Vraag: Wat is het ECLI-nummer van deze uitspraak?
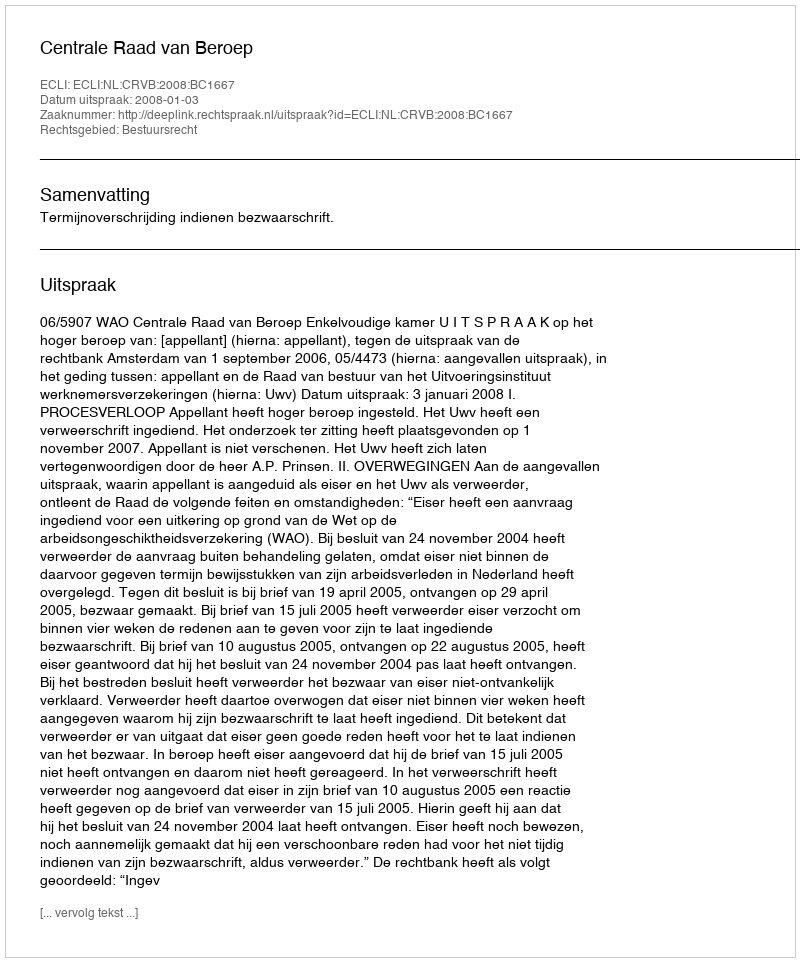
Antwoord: ECLI:NL:CRVB:2008:BC1667